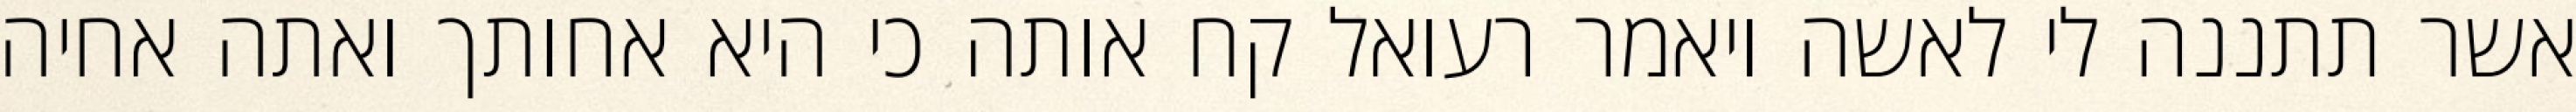
אשר תתננה לי לאשה ויאמר רעואל קח אותה כי היא אחותך ואתה אחיה